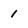
Character: 1